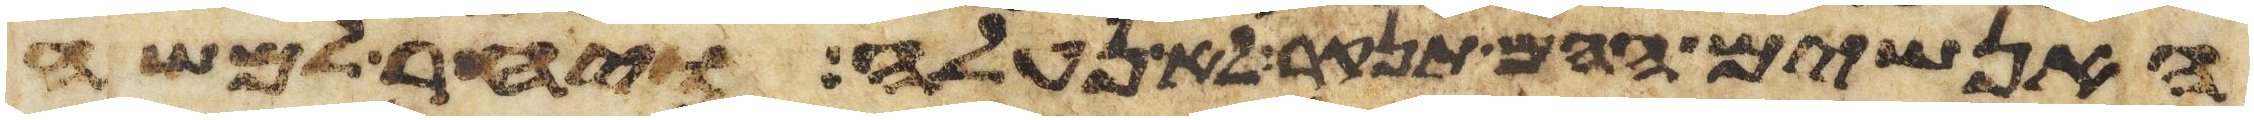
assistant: האנשים ההם תנקר לא נעלה ויחר למשה